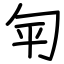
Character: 匉